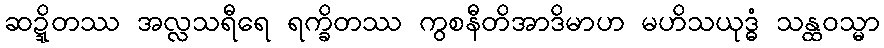
ဆဍ္ဍိတဿ အလ္လသရီရေ ရက္ခိတဿ ကွစနီတိအာဒိမာဟ မဟိသယုဒ္ဓံ သန္ထဝသ္မာ